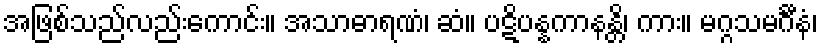
အဖြစ်သည်လည်းကောင်း။ အသာဓာရဏံ၊ ဆံ။ ပဋိပန္နကာနန္တိ၊ ကား။ မဂ္ဂသမင်္ဂီနံ၊